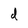
Character: d